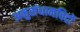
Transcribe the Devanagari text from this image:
अनुसंधानविदों